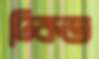
ঢিকত